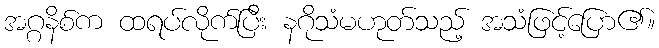
အဂ္ဂနိစ်က ထရပ်လိုက်ပြီး နဂိုသံမဟုတ်သည့် အသံဖြင့်ပြော၏။